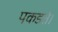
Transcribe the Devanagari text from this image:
पकडते।